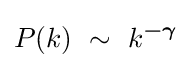
P(k)\ \sim \ k^{\boldsymbol {-\gamma }}